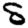
Digit: 8